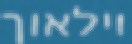
וילאוך